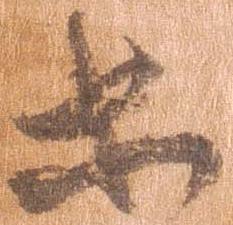
等